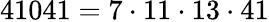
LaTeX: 41041=7\cdot 11\cdot 13\cdot 41